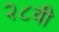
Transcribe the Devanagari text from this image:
२८वी